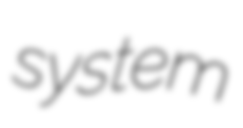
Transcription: system